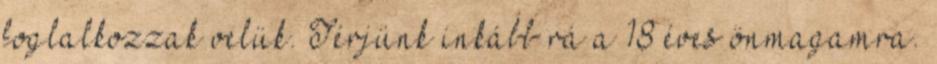
foglalkozzak velük. Térjünk inkább rá a 18 éves önmagamra.